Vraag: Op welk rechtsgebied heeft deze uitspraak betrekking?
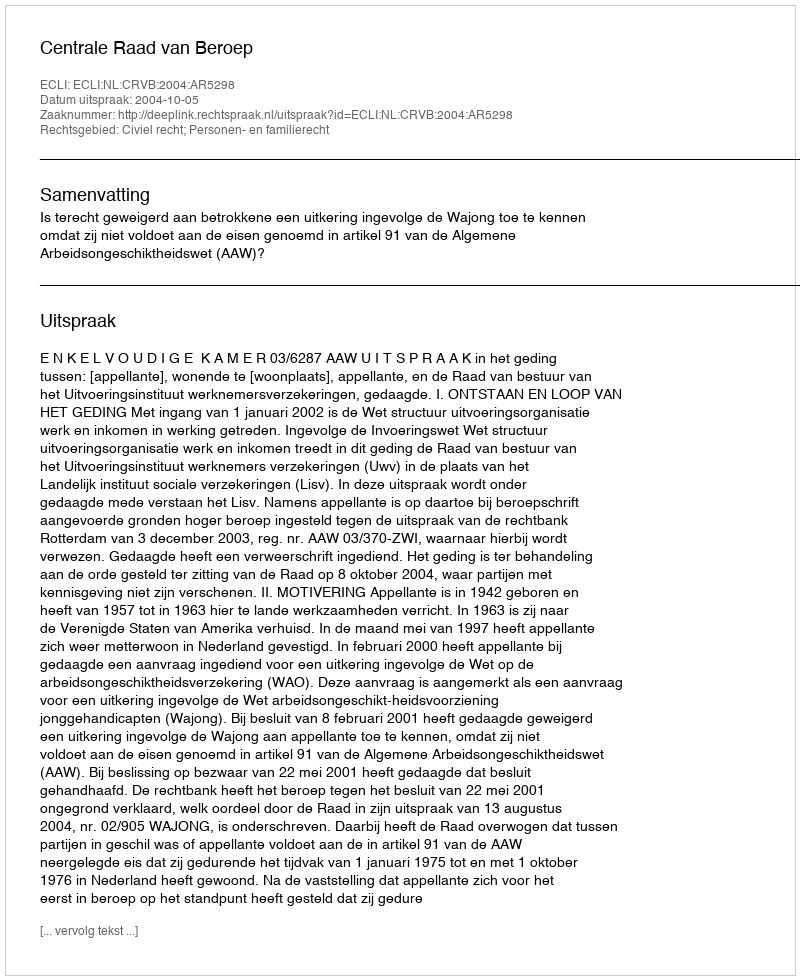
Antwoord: Civiel recht; Personen- en familierecht